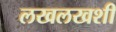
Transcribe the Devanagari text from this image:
लखलखशी